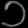
Digit: ၁